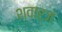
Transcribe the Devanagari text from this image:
श्वार्ज